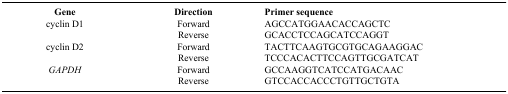
<table><thead><tr><td><b>Gene</b></td><td><b>Direction</b></td><td><b>Primer sequence</b></td></tr></thead><tbody><tr><td>cyclin D1</td><td>Forward</td><td>AGCCATGGAACACCAGCTC</td></tr><tr><td>[EMPTY_CELL]</td><td>Reverse</td><td>GCACCTCCAGCATCCAGGT</td></tr><tr><td>cyclin D2</td><td>Forward</td><td>TACTTCAAGTGCGTGCAGAAGGAC</td></tr><tr><td>[EMPTY_CELL]</td><td>Reverse</td><td>TCCCACACTTCCAGTTGCGATCAT</td></tr><tr><td><i>GAPDH</i></td><td>Forward</td><td>GCCAAGGTCATCCATGACAAC</td></tr><tr><td>[EMPTY_CELL]</td><td>Reverse</td><td>GTCCACCACCCTGTTGCTGTA</td></tr></tbody></table>